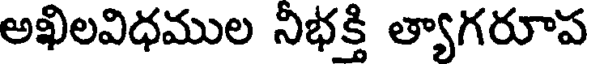
అఖిలవిధముల నిభక్తి త్యాగరూప